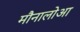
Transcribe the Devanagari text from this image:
मौनालोआ